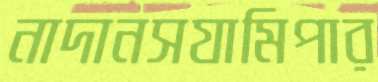
নাদানসযামিপার